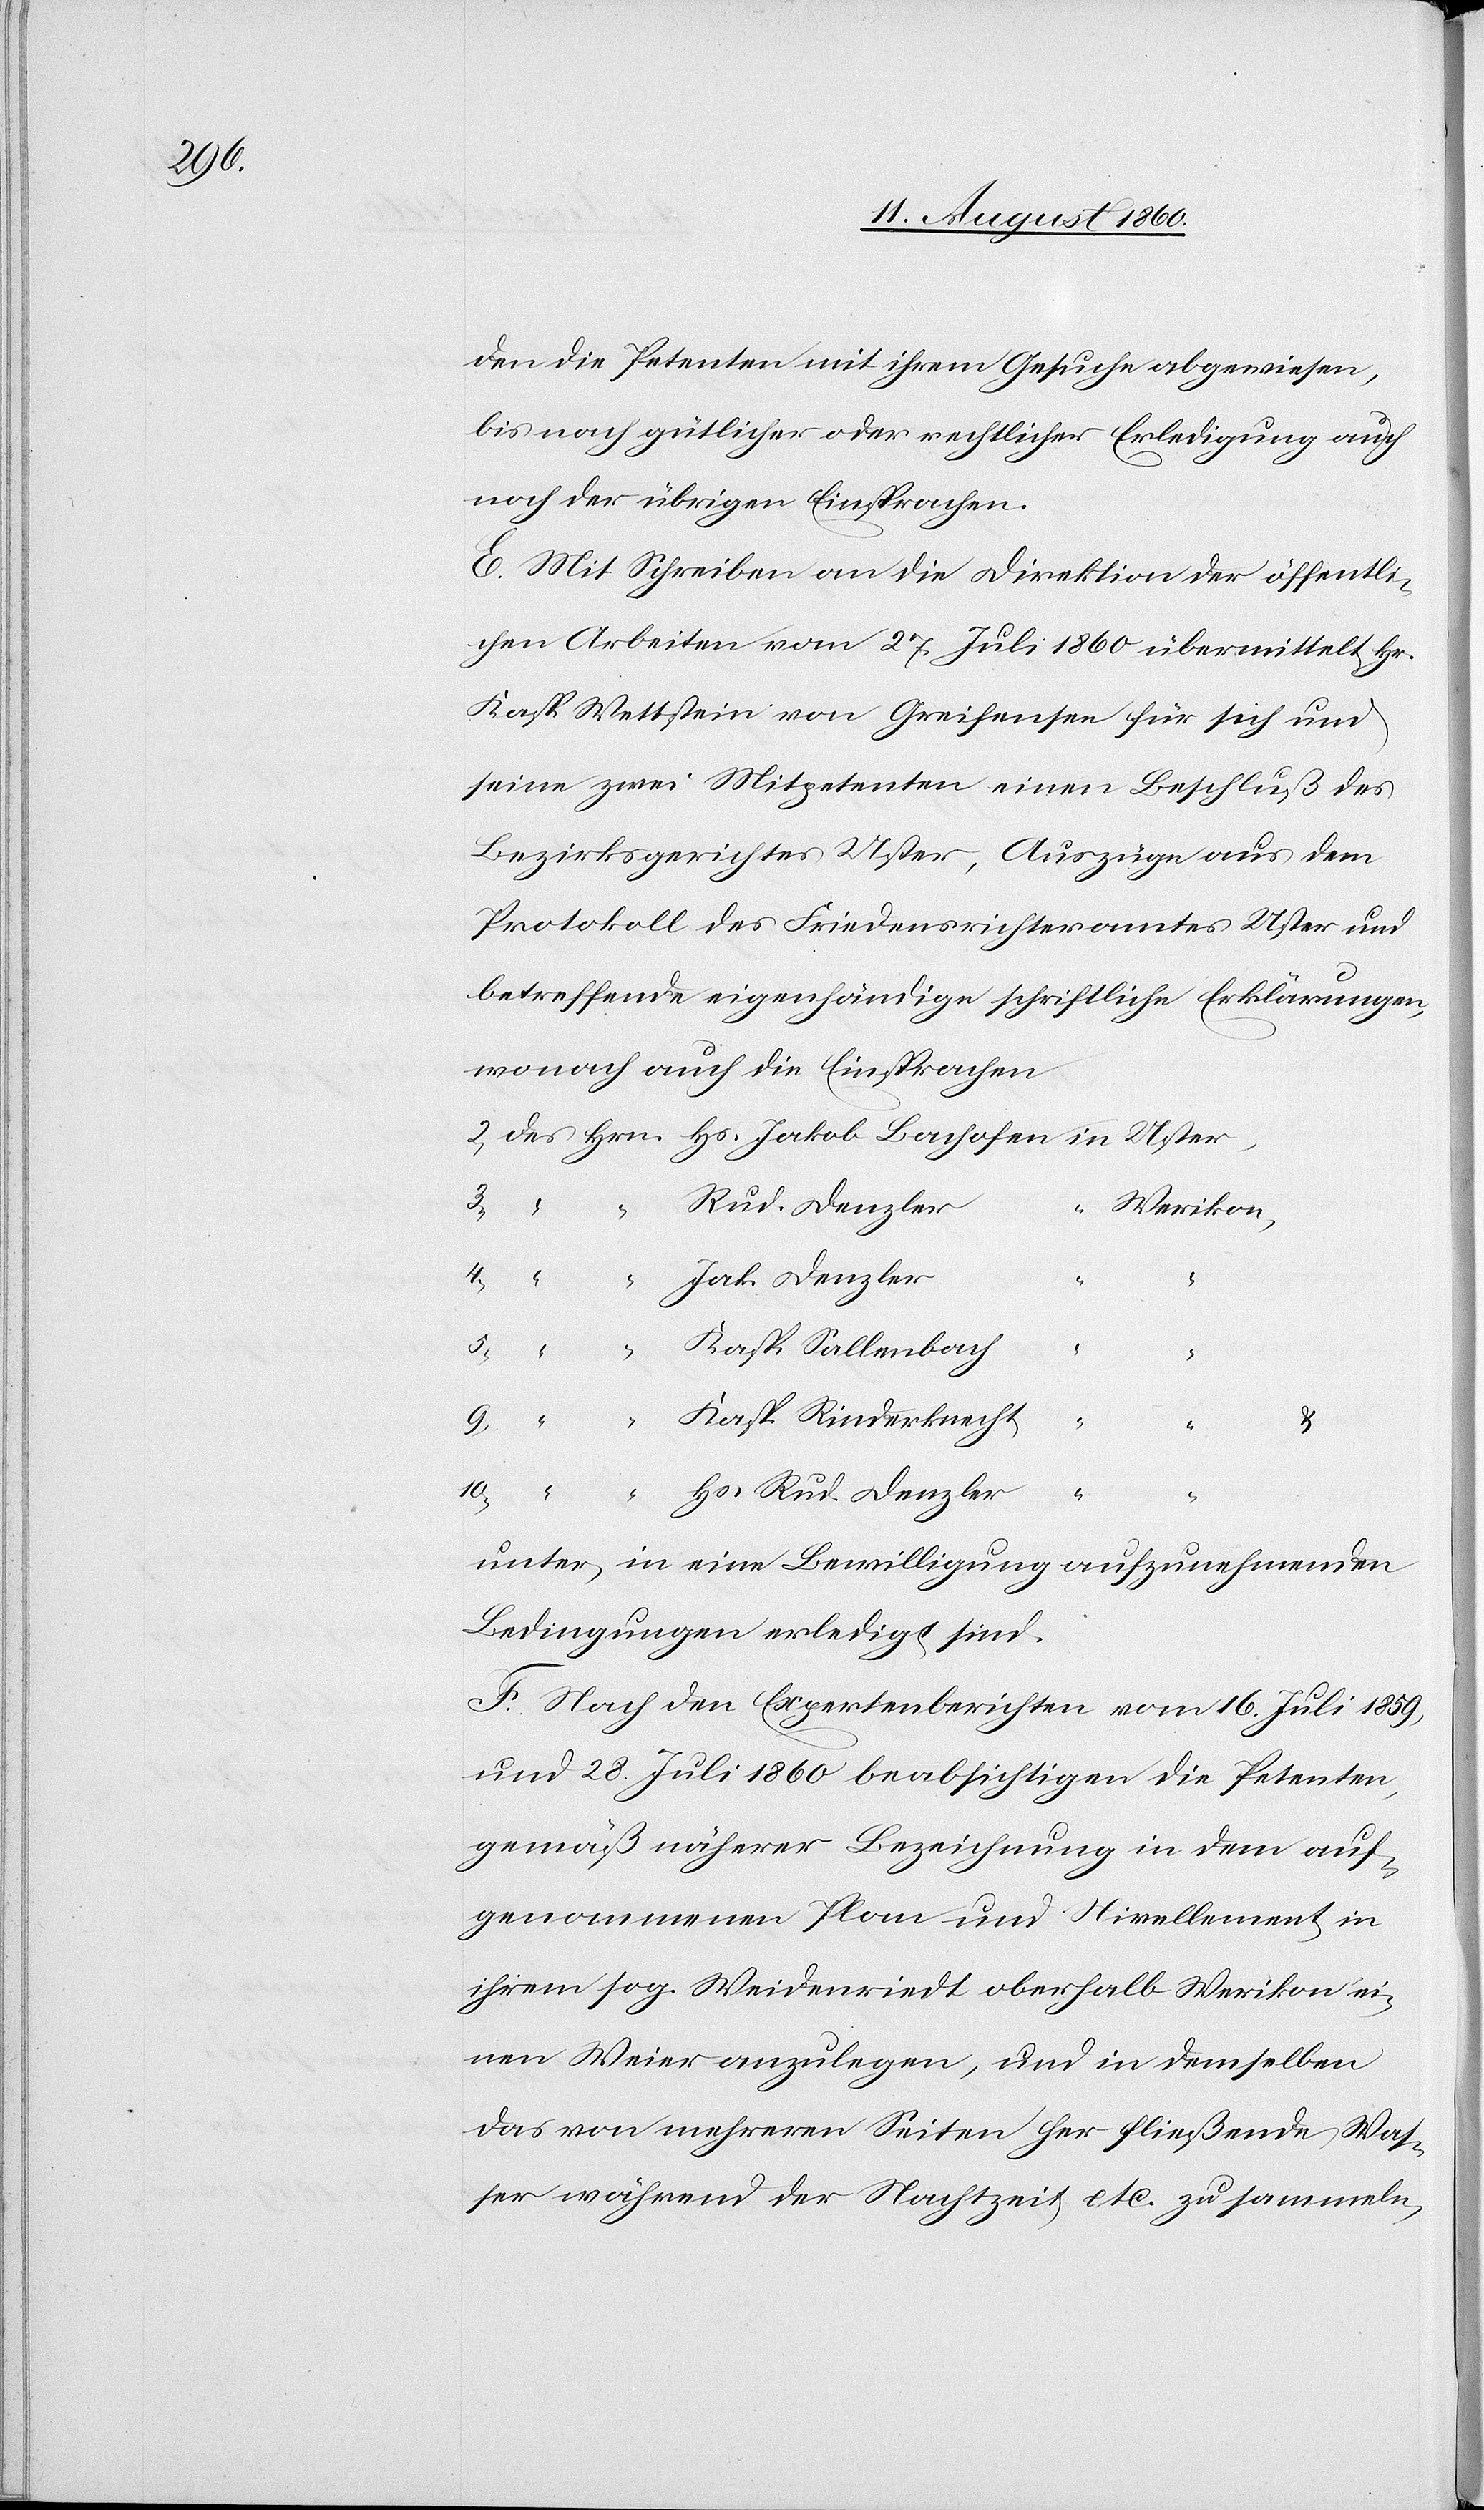
10.

den die Petenten mit ihrem Gesuche abgewiesen,
bis nach gütlicher oder rechtlicher Erledigung auch
noch der übrigen Einsprachen.
E. Mit Schreiben an die Direktion der öffentli¬
chen Arbeiten vom 27. Heumonat 1860 übermittelt Hr.
Kasp Wettstein von Greifensee für sich und
seine zwei Mitpetenten, einen Beschluss des
Bezirksgerichtes Uster, Auszüge aus dem
Protokoll des Friedensrichteramtes Uster und
betreffende eigenhändige schriftliche Erklärungen,
wonach auch die Einsprachen
Rud. Denzler
Hs.
Werikon
4.
Jak. Denzler
5.
“
u.
3.
Kaps. Rinderknecht
2.
9.
“
unter in eine Bewilligung aufzunehmenden
Bedingungen erledigt sind.
F. Nach den Expertenberichten vom 16. Heumonat 1859
und 28. Heumonat 1860 beabsichtigen die Petenten,
gemäß näherer Bezeichnung in dem auf¬
genommenen Plan und Nivellement in
ihrem s. g. Weidenriedt oberhalb Werikon ei¬
nen Weyer anzulegen, und in demselben
das von mehrern Seiten her fliessende Was¬
ser während der Nachtzeit zu sammeln,